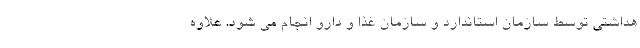
هداشتی توسط سازمان استاندارد و سازمان غذا و دارو انجام می شود. علاوه